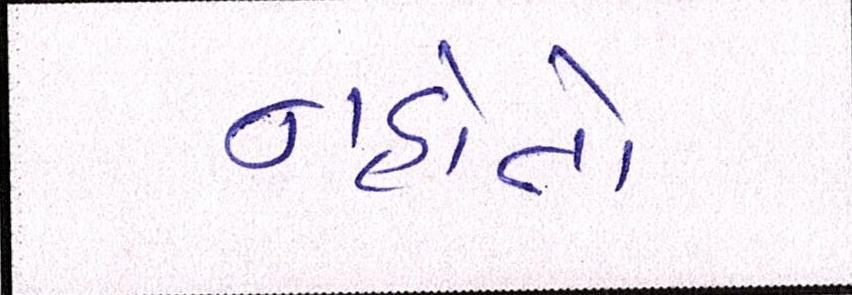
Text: નહોતો